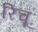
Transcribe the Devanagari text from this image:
रिचू